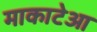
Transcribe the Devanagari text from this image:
माकाटेआ